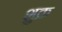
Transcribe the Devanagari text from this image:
शु़क्र